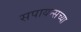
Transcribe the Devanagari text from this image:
सपायन्सच्या